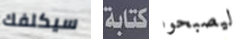
سيكلفك كتابة ليصبحوا